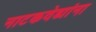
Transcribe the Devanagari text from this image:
नाटकवेड्यांना